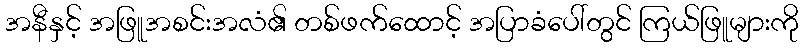
အနီနှင့် အဖြူအစင်းအလံ၏ တစ်ဖက်ထောင့် အပြာခံပေါ်တွင် ကြယ်ဖြူများကို